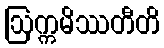
ဩက္ကမိဿတီတိ